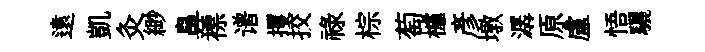
遠凱灸緲鼻褾谱攫挍禄棕萄櫨彦墩潺原盧悟驪